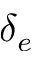
\delta _ { e }